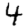
Digit: 4